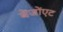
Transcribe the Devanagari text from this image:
बेंजोंएट